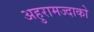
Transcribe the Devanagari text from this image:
अहुरामज्दाको